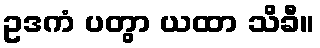
ဥဒကံ ပတွာ ယထာ သိခီ။